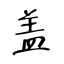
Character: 盖